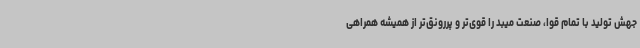
جهش تولید با تمام قوا، صنعت میبد را قوی‌تر و پررونق‌تر از همیشه همراهی